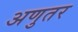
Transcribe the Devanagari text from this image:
अणुतर